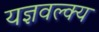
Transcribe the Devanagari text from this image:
यज्ञवल्क्य